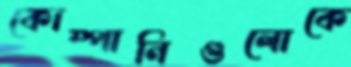
কোম্পানিগুলোকে